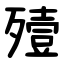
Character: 殪